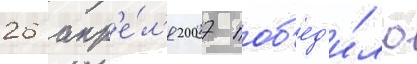
26 апр'е́л'я 2007 поб'ед'и́ло